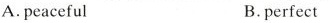
A.peaceful B.perfect